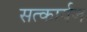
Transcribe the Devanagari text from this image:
सत्कार्यज